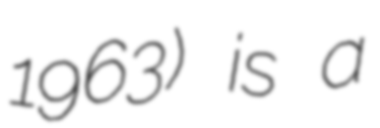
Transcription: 1963) is a